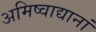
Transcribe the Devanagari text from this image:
अमिष्वाद्यानां